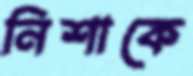
নিশাকে